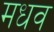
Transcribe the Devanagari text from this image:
मधव